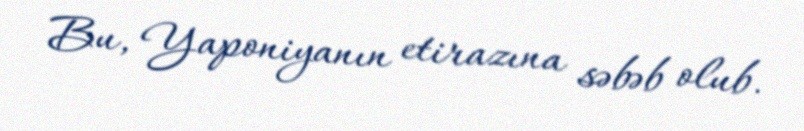
Bu, Yaponiyanın etirazına səbəb olub.